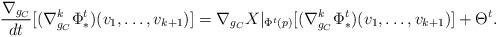
LaTeX: \begin{align*} \frac{\nabla_{g_C}}{dt}[(\nabla^k_{g_C}\Phi_\ast^t)(v_1,\ldots,v_{k+1})] = \nabla_{g_C} X|_{\Phi^t(p)}[(\nabla^k_{g_C}\Phi_\ast^t)(v_1,\ldots,v_{k+1})] + \Theta^{t}.\end{align*}